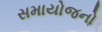
સમાયોજનો